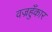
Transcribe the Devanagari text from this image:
वज्रहुँकार